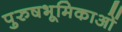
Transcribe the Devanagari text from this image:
पुरुषभूमिकाओं